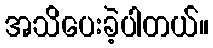
အသိပေးခဲ့ပါတယ်။